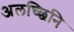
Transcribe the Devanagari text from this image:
अलच्छिनि